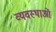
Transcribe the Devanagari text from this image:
व्यवस्थाआें